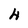
Character: 4